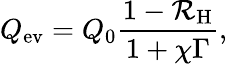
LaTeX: Q_{\mathrm{ev}}=Q_{0}\frac{1-\mathcal{R}_{\mathrm{H}}}{1+\chi\Gamma},